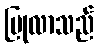
ပြုလာသည်